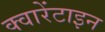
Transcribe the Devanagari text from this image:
क्वारेंटाइन